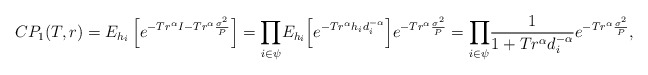
\begin{align*} CP_1(T,r)=E_{h_i}\left[e^{-T r^\alpha I-T r^{\alpha}\frac{\sigma^2}{P}}\right] = \underset{i \in \psi}\prod E_{h_i}\Big[e^{-T r^\alpha h_i d_i^{-\alpha} }\Big]e^{-T r^{\alpha}\frac{\sigma^2}{P}}=\underset{i \in \psi}\prod \frac{1}{1+T r^\alpha d_i^{-\alpha} }e^{-T r^{\alpha}\frac{\sigma^2}{P}} ,\end{align*}